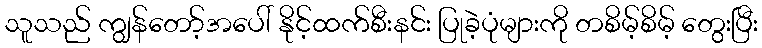
သူသည် ကျွန်တော့်အပေါ် နိုင့်ထက်စီးနင်း ပြုခဲ့ပုံများကို တစိမ့်စိမ့် တွေးပြီး